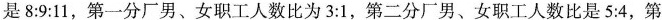
是$$8:9:11$$，第一分厂男、女职工人数比为$$3:1$$，第二分厂男、女职工人数比是$$5:4$$，第